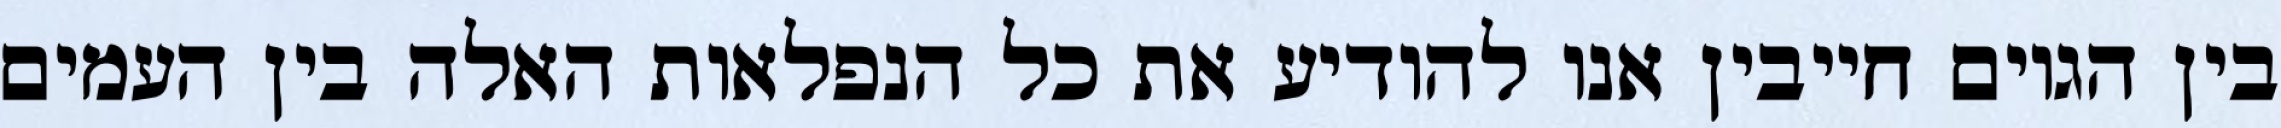
בין הגוים חייבין אנו להודיע את כל הנפלאות האלה בין העמים